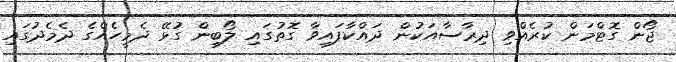
ޖޯން ގޮޓްމަން ކުރެއްވި ދިރާސާއަކުން ދައްކާފައިވާ ގޮތުގައި ލޯބިން ގުޅޭ ދެމީހެއްގެ ދެމެދުގައި